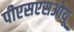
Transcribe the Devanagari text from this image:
पीएसएसओयू